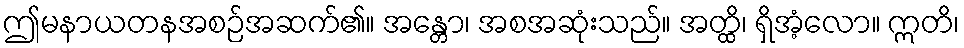
ဤမနာယတနအစဉ်အဆက်၏။ အန္တော၊ အစအဆုံးသည်။ အတ္ထိ၊ ရှိအံ့လော။ ဣတိ၊